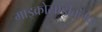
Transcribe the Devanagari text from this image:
माइक्रोसाइक्लिक